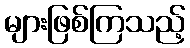
များဖြစ်ကြသည့်